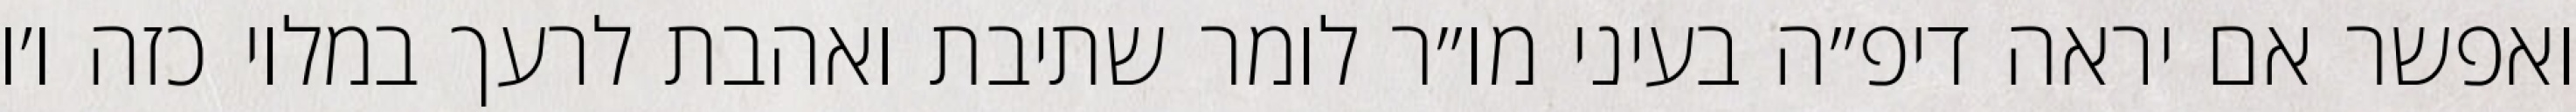
ואפשר אם יראה דיפ״ה בעיני מו״ר לומר שתיבת ואהבת לרעך במלוי כזה ו׳ו